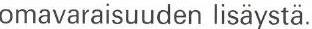
omavaraisuuden lisäystä.